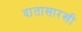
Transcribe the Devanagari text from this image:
दातासारखी